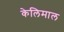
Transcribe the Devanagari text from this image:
केलिमाल